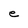
Character: e